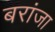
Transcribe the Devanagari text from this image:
बरांजा